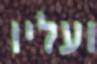
ועליו